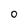
Character: 0